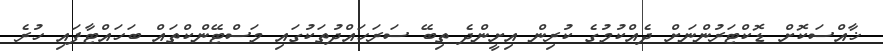
ޚާއްސަކޮށް ޑޮކްޓަރުންނަށް ދެއްކުމުގެ ކުރިން އިށީންދެ ތިބޭ ސަރަހައްދުތަކުގައި މަސްޓޭންކްތައް ބަހައްޓާފައި ހުރެ